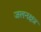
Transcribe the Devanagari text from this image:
जलनक्षत्र